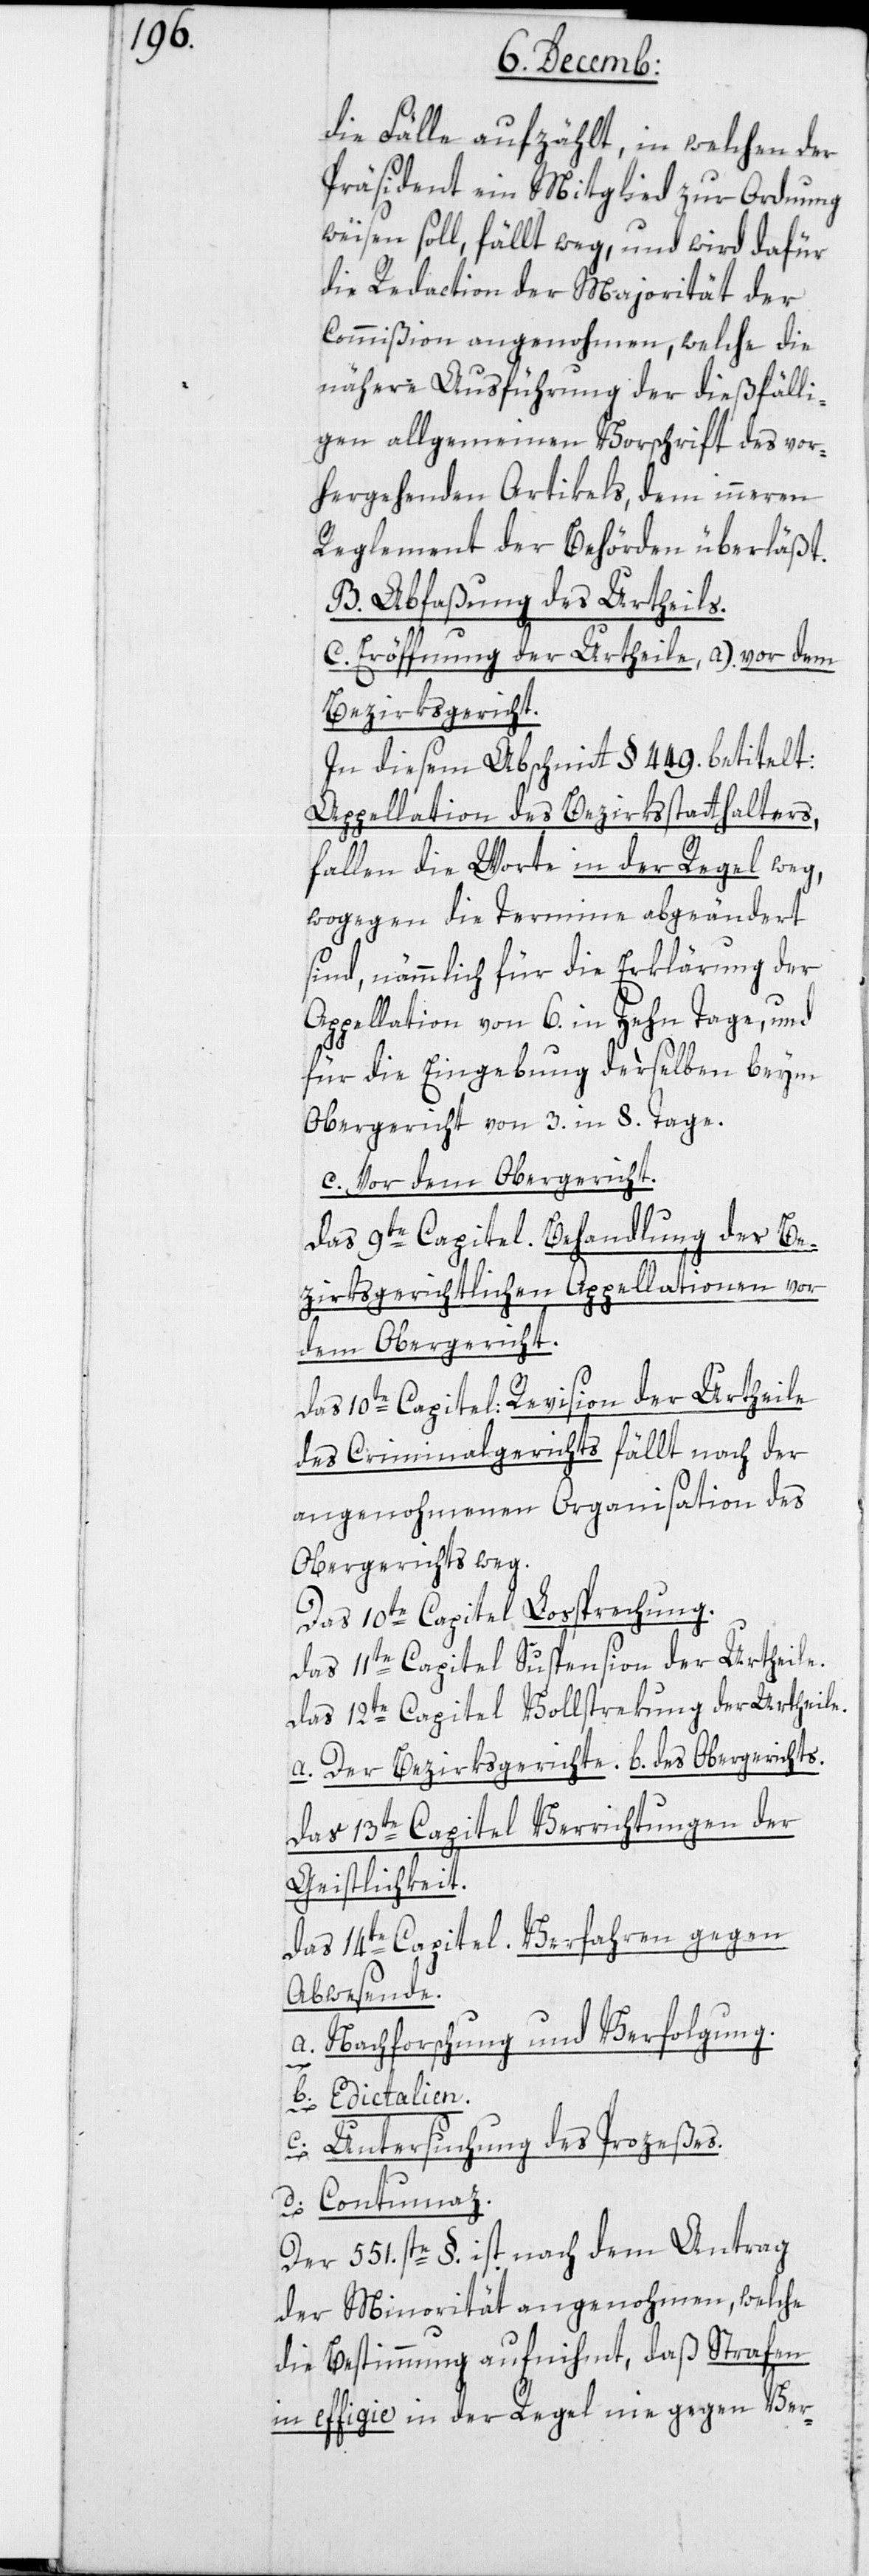
die Fälle aufzählt, in welchen der
Präsident ein Mitglied zur Ordnung
weisen soll, fällt weg, und wird dafür
die Redaction der Majorität der
Commißion angenohmen, welche die
nähere Ausführung der dießfälli¬
gen allgemeinen Vorschrift des vor¬
hergehenden Artikels, dem inneren
Reglement der Behörden überläßt.
B. Abfaßung des Urtheils.
C. Eröffnung der Urtheile, a) vor dem
Bezirksgerichte.
In diesem Abschnitt § 449. betitelt:
Appellation des Bezirksstatthalters,
fallen die Worte in der Regel weg,
wogegen die Termine abgeändert
sind, nämmlich für die Erklärung der
Appellation von 6. in Zehn Tage, und
für die Eingebung derselben beym
Obergericht von 3. in 8. Tage.
c. Vor dem Obergericht.
Das 9te Capitel Behandlung der be¬
zirksgerichtlichen Appellation vor
des Obergerichts.
Das 10te Capitel Revision der Urtheile
des Criminalgerichts fällt nach der
angenohmenen Organisation des
Obergerichts weg.
Das 10te Capitel Lossprechung.
Das 11te Capitel Suspension der Urtheile.
Das 12te Capitel Vollstrekung der Urtheile.
Das 13te Capitel. Verrichtungen der
Geistlichkeit.
Das 14te Capitel. Verfahren gegen
Abwesende.
a. Nachforschung und Verfolgung.
der
b. Edictalien.
c. Untersuchung des Prozeßes.
d. Contumaz.
Der 551.ste §. ist nach dem Antrag
der Minorität angenohmen, welche
die Bestimmung aufnihmt, daß Strafen
in effegie in der Regel nie gegen Ver-